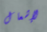
لإشعال